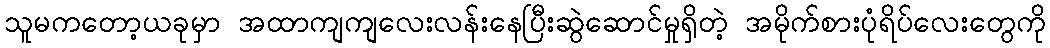
သူမကတော့ယခုမှာ အထာကျကျလေးလန်းနေပြီးဆွဲဆောင်မှုရှိတဲ့ အမိုက်စားပုံရိပ်လေးတွေကို